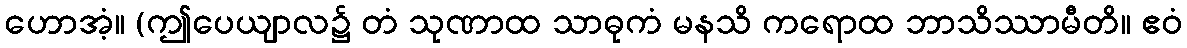
ဟောအံ့။ (ဤပေယျာလ၌ တံ သုဏာထ သာဓုကံ မနသိ ကရောထ ဘာသိဿာမီတိ။ ဧဝံ